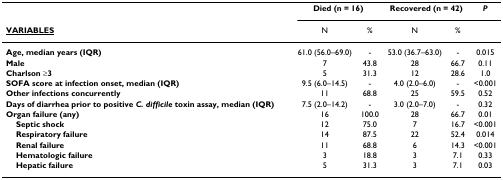
<table><thead><tr><td></td><td colspan="2"><b>Died (n = 16)</b></td><td colspan="2"><b>Recovered (n = 42)</b></td><td><b><i>P</i></b></td></tr><tr><td><b><underline>VARIABLES</underline></b></td><td><b>N</b></td><td><b>%</b></td><td><b>N</b></td><td><b>%</b></td><td></td></tr></thead><tbody><tr><td><b>Age, median years (IQR)</b></td><td>61.0 (56.0–69.0)</td><td>-</td><td>53.0 (36.7–63.0)</td><td>-</td><td>0.015</td></tr><tr><td><b>Male</b></td><td>7</td><td>43.8</td><td>28</td><td>66.7</td><td>0.11</td></tr><tr><td><b>Charlson ≥3</b></td><td>5</td><td>31.3</td><td>12</td><td>28.6</td><td>1.0</td></tr><tr><td><b>SOFA score at infection onset, median (IQR)</b></td><td>9.5 (6.0–14.5)</td><td>-</td><td>4.0 (2.0–6.0)</td><td>-</td><td>&lt;0.001</td></tr><tr><td><b>Other infections concurrently</b></td><td>11</td><td>68.8</td><td>25</td><td>59.5</td><td>0.52</td></tr><tr><td><b>Days of diarrhea prior to positive <i>C. difficile </i>toxin assay, median (IQR)</b></td><td>7.5 (2.0–14.2)</td><td>-</td><td>3.0 (2.0–7.0)</td><td>-</td><td>0.32</td></tr><tr><td><b>Organ failure (any)</b></td><td>16</td><td>100.0</td><td>28</td><td>66.7</td><td>0.01</td></tr><tr><td> <b>Septic shock</b></td><td>12</td><td>75.0</td><td>7</td><td>16.7</td><td>&lt;0.001</td></tr><tr><td> <b>Respiratory failure</b></td><td>14</td><td>87.5</td><td>22</td><td>52.4</td><td>0.014</td></tr><tr><td> <b>Renal failure</b></td><td>11</td><td>68.8</td><td>6</td><td>14.3</td><td>&lt;0.001</td></tr><tr><td> <b>Hematologic failure</b></td><td>3</td><td>18.8</td><td>3</td><td>7.1</td><td>0.33</td></tr><tr><td> <b>Hepatic failure</b></td><td>5</td><td>31.3</td><td>3</td><td>7.1</td><td>0.03</td></tr></tbody></table>